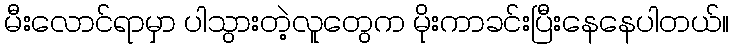
မီးလောင်ရာမှာ ပါသွားတဲ့လူတွေက မိုးကာခင်းပြီးနေနေပါတယ်။